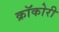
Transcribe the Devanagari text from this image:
क्रॉकोरी